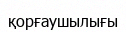
қорғаушылығы